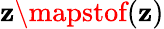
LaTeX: \mathbf{z}\mapstof(\mathbf{z})